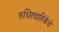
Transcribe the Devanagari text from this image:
रुधिरवाहिकेचे